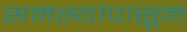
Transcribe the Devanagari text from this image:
समस्यांपासून